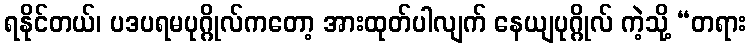
ရနိုင်တယ်၊ ပဒပရမပုဂ္ဂိုလ်ကတော့ အားထုတ်ပါလျက် နေယျပုဂ္ဂိုလ် ကဲ့သို့ “တရား